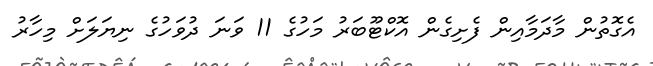
އެގޮތުން މާދަމާއިން ފެށިގެން އޮކްޓޫބަރު މަހުގެ 11 ވަނަ ދުވަހުގެ ނިޔަލަށް މިހާރު